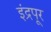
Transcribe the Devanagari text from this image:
इंद्रपूर